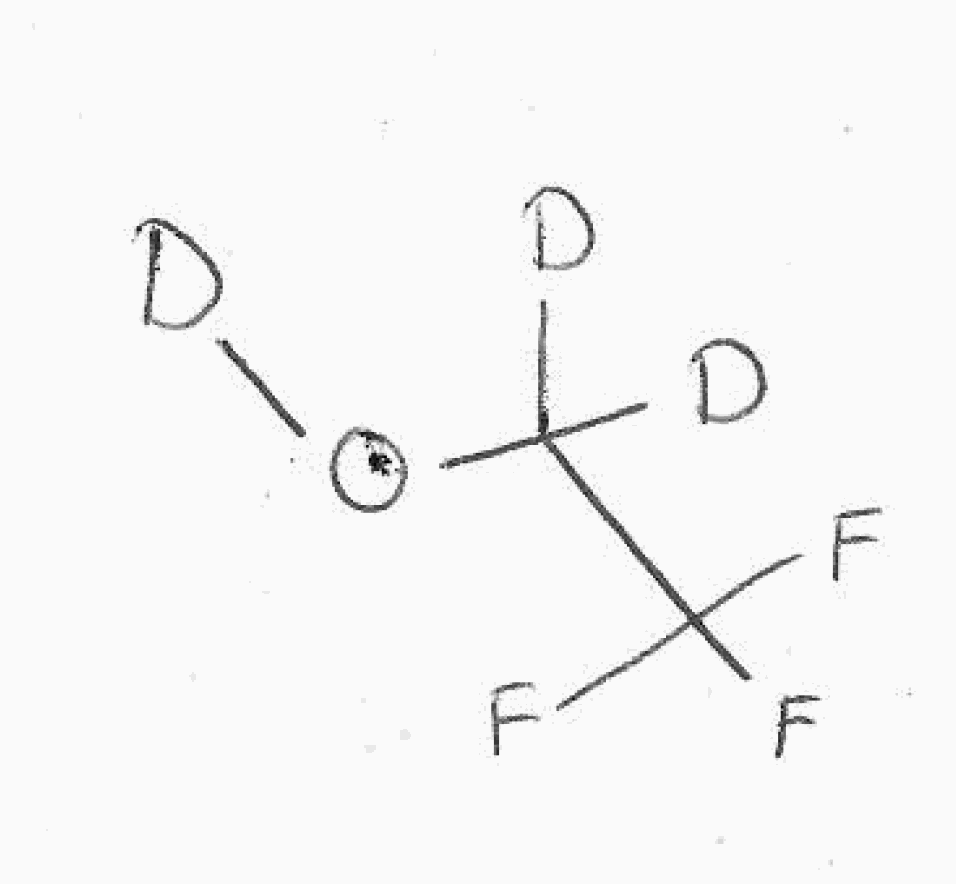
Simplified molecular-input line-entry system (SMILES) notation of the given molecule:
[2H]C([2H])(C(F)(F)F)O[2H]